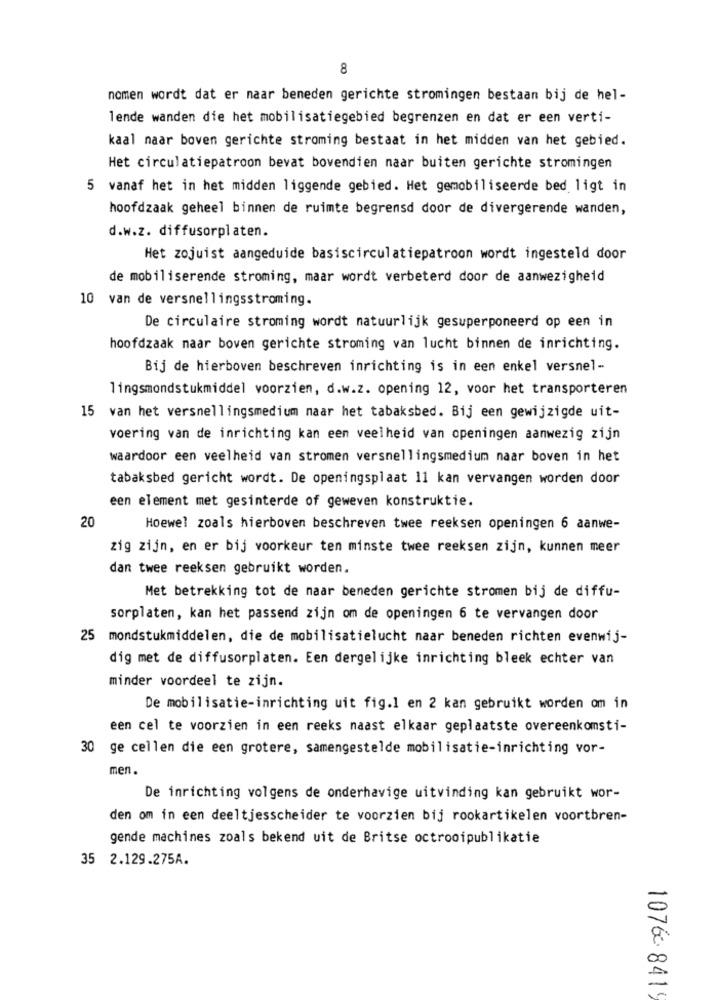
8
nomen wordt dat er naar beneden gerichte stromingen bestaan bij de hel-
lende wanden die het mobilisatiegebied begrenzen en dat er een verti-
kaal naar boven gerichte stroming bestaat in het midden van het gebied.
Het circulatiepatroon bevat bovendien naar buiten gerichte stromingen
5 vanaf het in het midden liggende gebied. Het gemobiliseerde bed ligt in
hoofdzaak geheel binnen de ruimte begrensd door de divergerende wanden,
d.w.z. diffusorplaten.
Het zojuist aangeduide basiscirculatiepatroon wordt ingesteld door
de mobiliserende stroming, maar wordt verbeterd door de aanwezigheid
10 van de versnellingsstroming.
De circulaire stroming wordt natuurlijk gesuperponeerd op een in
hoofdzaak naar boven gerichte stroming van lucht binnen de inrichting.
Bij de hierboven beschreven inrichting is in een enkel versnel-
lingsmondstukmiddel voorzien, d.w.z. opening 12, voor het transporteren
15
van het versnellingsmedium naar het tabaksbed. Bij een gewijzigde uit-
voering van de inrichting kan een veelheid van openingen aanwezig zijn
waardoor een veelheid van stromen versnellingsmedium naar boven in het
tabaksbed gericht wordt. De openingsplaat 11 kan vervangen worden door
een element met gesinterde of geweven konstruktie.
20
Hoewel zoals hierboven beschreven twee reeksen openingen 6 aanwe-
zig zijn, en er bij voorkeur ten minste twee reeksen zijn, kunnen meer
dan twee reeksen gebruikt worden.
Met betrekking tot de naar beneden gerichte stromen bij de diffu-
sorplaten, kan het passend zijn om de openingen 6 te vervangen door
25 mondstukmiddelen, die de mobilisatielucht naar beneden richten evenwij-
dig met de diffusorplaten. Een dergelijke inrichting bleek echter van
minder voordeel te zijn.
De mobilisatie-inrichting uit fig.1 en 2 kan gebruikt worden om in
een cel te voorzien in een reeks naast elkaar geplaatste overeenkomsti-
30 ge cellen die een grotere, samengestelde mobilisatie-inrichting vor-
men.
De inrichting volgens de onderhavige uitvinding kan gebruikt wor-
den om in een deeltjesscheider te voorzien bij rookartikelen voortbren-
gende machines zoals bekend uit de Britse octrooipublikatie
35 2.129.275A.
1076 8419